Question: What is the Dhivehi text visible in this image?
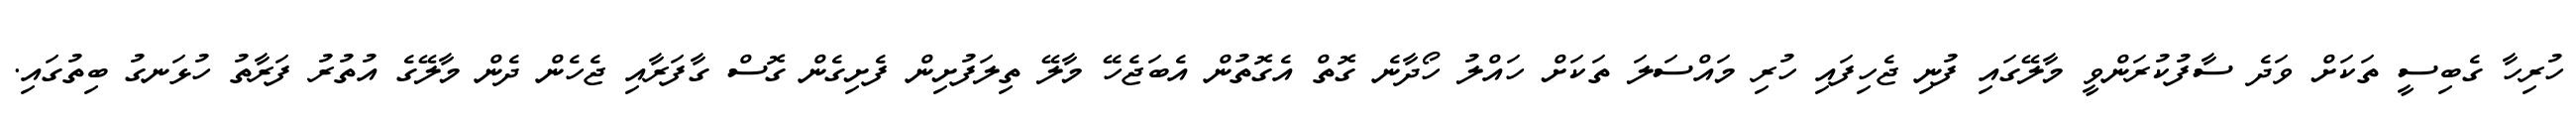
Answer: ހުރިހާ ގެބިސީ ތަކަށް ވަދެ ސާފުކުރަންވީ މާލޭގައި ފުނި ޖެހިފައި ހުރި މައްސަލަ ތަކަށް ހައްލު ހޯދާނެ ގޮތް އެގޮތުން އެބަޖެހޭ މާލޭ ތިލަފުށިން ފެށިގެން ގޮސް ގާފަރާއި ޖެހެން ދެން މާލޭގެ އުތުރު ފަރާތު ހުޅަނގު ބިތުގައި.